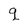
Character: q